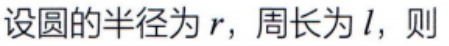
设圆的半径为\(r\)，周长为\(l\)，则